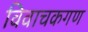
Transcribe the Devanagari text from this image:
विवाचकगण